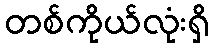
တစ်ကိုယ်လုံးရှိ